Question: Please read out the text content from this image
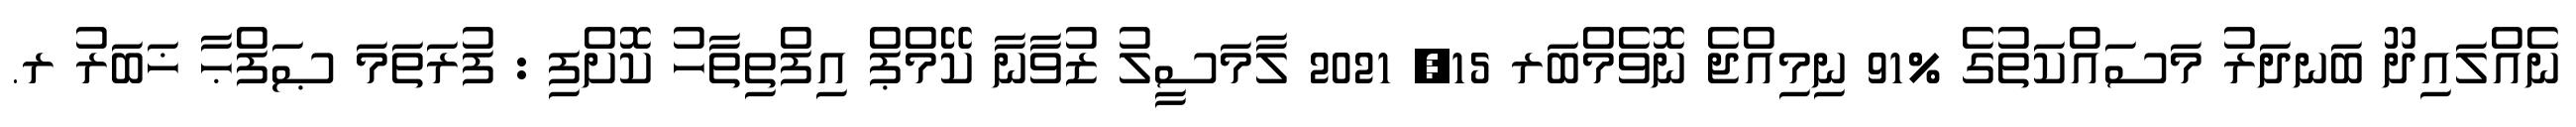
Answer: ނެއްލައިދޫ ބަނދަރު މަސައްކަތުގެ %91 ނިމިއްޖެ ނޮވެމްބަރ 15, 2021 ލާމަސީލު ޒުވާނާ ކޭމްޕް އިފްތިތާހު ކޮށްފި : ފުރަތަމަ ޞަފްޙާ ޚަބަރު ރ.